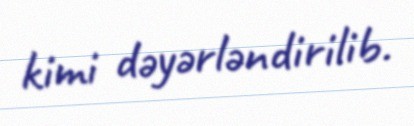
kimi dəyərləndirilib.